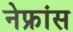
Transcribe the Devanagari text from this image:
नेफ्रांस